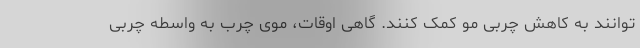
توانند به کاهش چربی مو کمک کنند. گاهی اوقات، موی چرب به واسطه چربی